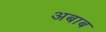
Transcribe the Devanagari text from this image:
अबाब